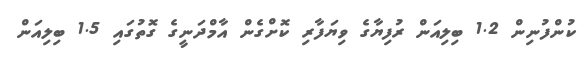
ކުންފުނިން 1.2 ބިލިއަން ރުފިޔާގެ ވިޔަފާރި ކޮށްގެން އާމްދަނީގެ ގޮތުގައި 1.5 ބިލިއަން